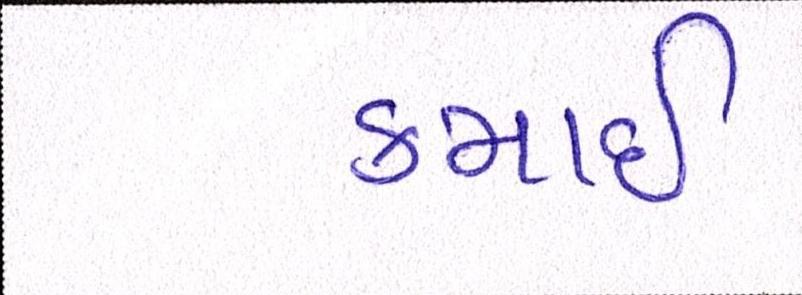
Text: કમાઈ